Civil Veterinary Dept. Assam report 1911-1927 - 1911-1927
Year: 1911
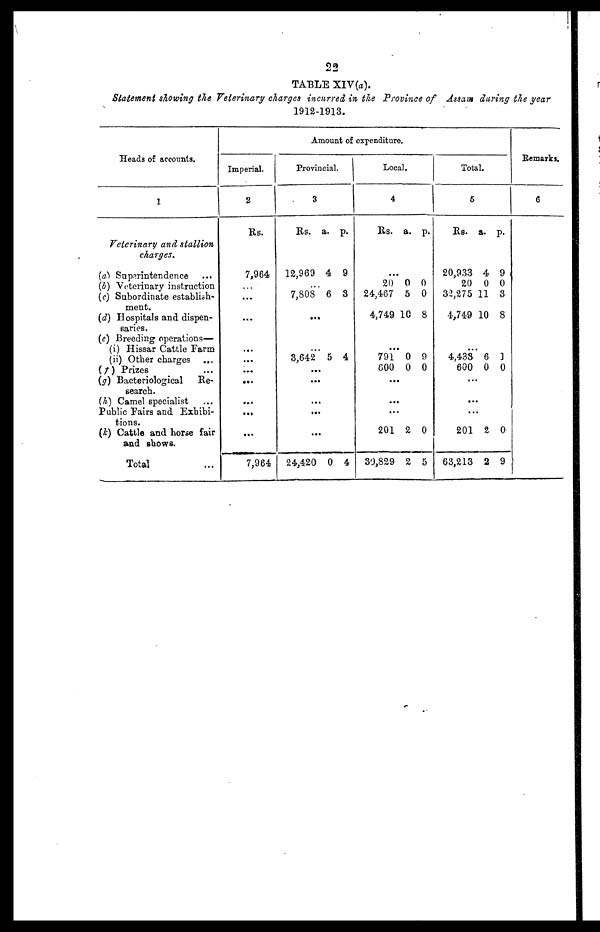
TABLE XIV(a).
Statement showing the Veterinary charges incurred in the Province of Assam during the year
1912-1913.
Heads of accounts.
1
Veterinary and stallion
charges.
(a) Superintendence ...
(b) Veterinary instruction
(c) Subordinate establish-
ment.
(d) Hospitals and dispen-
saries.
(e) Breeding operations—
(i) Hissar Cattle Farm
(ii) Other charges
...
(f) Prizes ...
(g) Bacteriological
Re-
search.
(h) Camel specialist ...
Public Pairs and Exhibi-
tions.
(k) Cattle and horse fair
and shows.
Total …
Amount of expenditure.
Imperial.
2
Rs.
7,964
...
...
...
...
...
...
...
...
...
7,964
Provincial.
3
Rs. a. p.
12,969 4 9
7,808 6 3
...
…
3,642 5 4
...
...
...
...
...
24,420 0 4
Local.
4
Rs. a. p.
...
20
24,467
4,749
0
5
10
0
0
8
...
791
600
0
0
9
0
...
...
...
201
30,829
2
2
0
5
Total.
5
Rs.
20,933
20
32,275
4,749
a.
4
0
11
10
p.
9
0
3
8
..
.
4,433
600
6 0
0 0
..
.
..
. ..
.
201
63,213
2
2
0
9
Remarks.
6